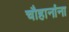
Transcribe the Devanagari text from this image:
चौहानांना